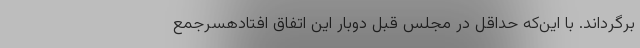
برگرداند. با این‌که حداقل در مجلس قبل دوبار این اتفاق افتادهسرجمع